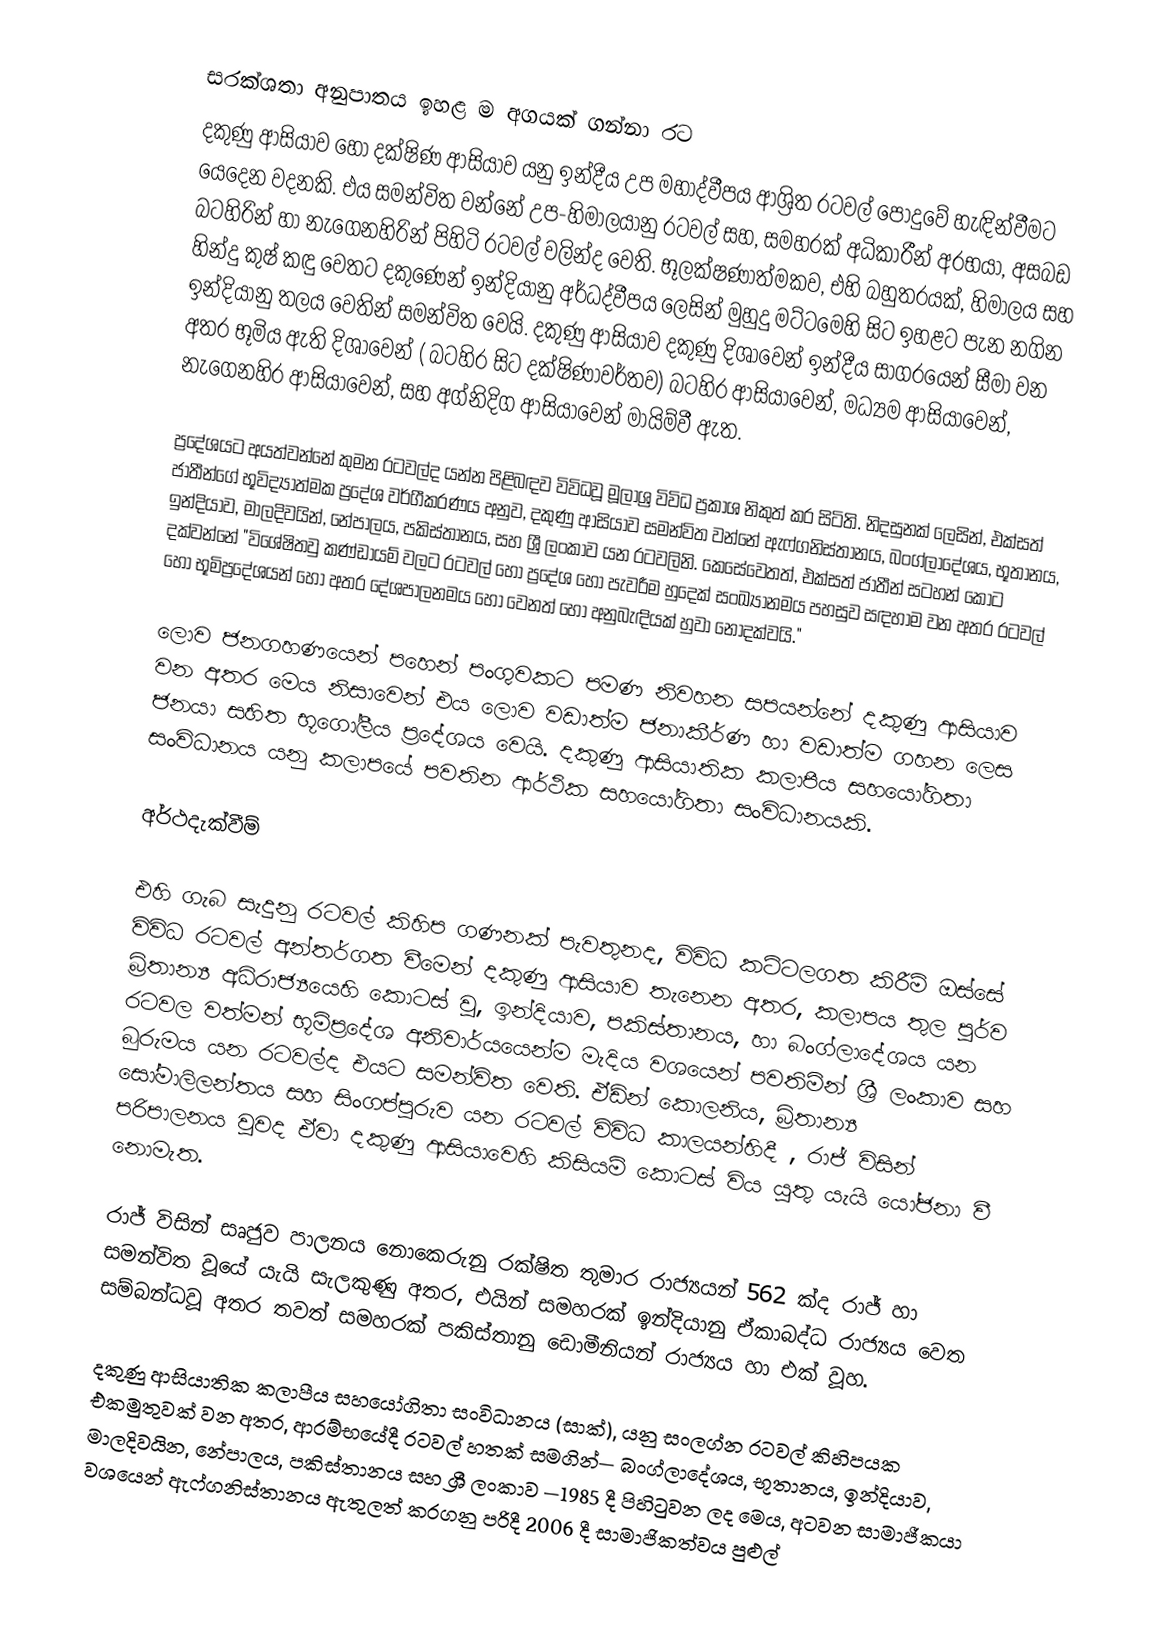
සරක්ශතා අනුපාතය ඉහළ ම අගයක් ගන්නා රට
දකුණු ආසියාව හෝ  දක්ෂිණ ආසියාව යනු ඉන්දීය උප මහාද්වීපය  ආශ්‍රිත රටවල් පොදුවේ හැඳින්වීමට යෙදෙන වදනකි. එය සමන්විත වන්නේ  උප-හිමාලයානු රටවල් සහ, සමහරක්  අධිකාරීන් අරභයා, අසබඩ බටහිරින් හා නැගෙනහිරින් පිහිටි රටවල් වලින්ද වෙති. භූලක්ෂණාත්මකව, එහි බහුතරයක්,   හිමාලය සහ  හින්දු කුෂ් කඳු වෙතට දකුණෙන් ඉන්දියානු අර්ධද්වීපය ලෙසින් මුහුදු මට්ටමෙහි සිට ඉහළට පැන නගින ඉන්දියානු  තලය වෙතින් සමන්විත වෙයි. දකුණු ආසියාව දකුණු දිශාවෙන්  ඉන්දීය සාගරයෙන් සීමා වන අතර  භූමිය ඇති දිශාවෙන් ( බටහිර සිට දක්ෂිණාවර්තව) බටහිර ආසියාවෙන්, මධ්‍යම ආසියාවෙන්, නැගෙනහිර ආසියාවෙන්, සහ  අග්නිදිග ආසියාවෙන් මායිම්වී ඇත.

ප්‍රදේශයට අයත්වන්නේ කුමන රටවල්ද යන්න පිළිබඳව විවිධවූ මූලාශ්‍ර විවිධ ප්‍රකාශ නිකුත් කර සිටිති. නිදසුනක් ලෙසින්, එක්සත් ජාතීන්ගේ භූවිද්‍යාත්මක ප්‍රදේශ වර්ගීකරණය අනුව, දකුණු ආසියාව සමන්විත වන්නේ  ඇෆ්ගනිස්තානය, බංග්ලාදේශය, භූතානය, ඉන්දියාව, මාලදිවයින්, නේපාලය, පකිස්තානය, සහ ශ්‍රී ලංකාව යන රටවලිනි. කෙසේවෙතත්, එක්සත් ජාතීන් සටහන් කොට දක්වන්නේ "විශේෂිතවු කණ්ඩායම් වලට රටවල් හෝ ප්‍රදේශ හෝ පැවරීම හුදෙක් සංඛ්‍යානමය පහසුව සඳහාම වන අතර රටවල් හෝ භූමිප්‍රදේශයන් හෝ අතර  දේශපාලනමය හෝ වෙනත් හෝ අනුබැඳියක් හුවා නොදක්වයි."

ලොව ජනගහණයෙන් පහෙන් පංගුවකට පමණ නිවහන සපයන්නේ දකුණු ආසියාව වන අතර මෙය නිසාවෙන් එය ලොව වඩාත්ම ජනාකීර්ණ හා වඩාත්ම ගහන ලෙස ජනයා සහිත භූගෝලීය ප්‍රදේශය වෙයි. දකුණු ආසියාතික කලාපීය සහයෝගිතා සංවිධානය යනු කලාපයේ පවතින ආර්ථික සහයෝගිතා සංවිධානයකි.

අර්ථදැක්වීම්

එහි ගැබ සැදුනු රටවල් කිහිප ගණනක් පැවතුනද, විවිධ කට්ටලගත කිරීම් ඔස්සේ විවිධ රටවල් අන්තර්ගත වීමෙන් දකුණු ආසියාව තැනෙන අතර, කලාපය තුල පූර්ව  බ්‍රිතාන්‍ය අධිරාජ්‍යයෙහි කොටස් වූ, ඉන්දියාව, පකිස්තානය, හා බංග්ලාදේශය යන රටවල වත්මන් භූමිප්‍රදේශ අනිවාර්යයෙන්ම මැදිය වශයෙන් පවතිමින්  ශ්‍රී ලංකාව සහ බුරුමය යන රටවල්ද එයට සමන්විත වෙති.  ඒඩ්න් කොලනිය, බ්‍රිතාන්‍ය සෝමාලිලන්තය සහ  සිංගප්පූරුව යන රටවල් විවිධ කාලයන්හිදී , රාජ් විසින් පරිපාලනය වුවද ඒවා දකුණු ආසියාවෙහි කිසියම් කොටස් විය යුතු යැයි යෝජනා වී නොමැත.

රාජ් විසින් සෘජුව පාලනය නොකෙරුනු රක්ෂිත තුමාර රාජ්‍යයන් 562 ක්ද රාජ් හා සමන්විත වූයේ යැයි සැලකුණු අතර, එයින් සමහරක්  ඉන්දියානු ඒකාබද්ධ රාජ්‍යය වෙත සම්බන්ධවූ අතර තවත් සමහරක් පකිස්තානු ඩොමීනියන් රාජ්‍යය හා එක් වූහ.

දකුණු ආසියාතික කලාපීය සහයෝගිතා සංවිධානය (සාක්), යනු  සංලග්න රටවල් කිහිපයක එකමුතුවක් වන අතර, ආරම්භයේදී රටවල් හතක් සමගින්— බංග්ලාදේශය, භූතානය, ඉන්දියාව, මාලදිවයින, නේපාලය, පකිස්තානය සහ ශ්‍රී ලංකාව —1985 දී  පිහිටුවන ලද මෙය, අටවන සාමාජීකයා වශයෙන් ඇෆ්ගනිස්තානය ඇතුලත් කරගනු පරිදී  2006 දී සාමාජිකත්වය පුළුල්